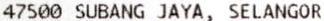
47500 SUBANG JAYA, SELANGOR